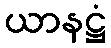
ယာနဋ္ဌံ